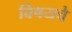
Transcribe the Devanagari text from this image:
विषयचे